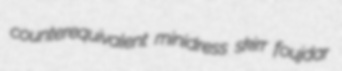
counterequivalent minidress skirr foujdar